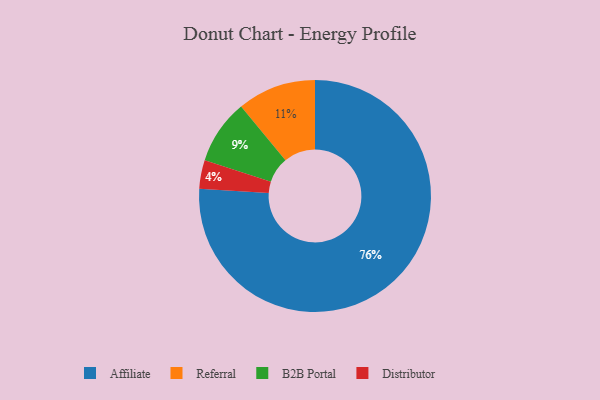
{"axis": {"x": "Category", "y": "Percentage"}, "legend": ["Affiliate", "B2B Portal", "Distributor", "Referral"], "data": [{"x": "B2B Portal", "y": 9, "type": "B2B Portal"}, {"x": "Affiliate", "y": 76, "type": "Affiliate"}, {"x": "Referral", "y": 11, "type": "Referral"}, {"x": "Distributor", "y": 4, "type": "Distributor"}]}